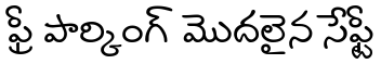
ఫ్రీ పార్కింగ్ మొదలైన సేఫ్టీ